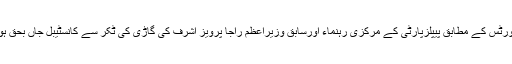
میڈیا رپورٹس کے مطابق پیپلزپارٹی کے مرکزی رہنماء اورسابق وزیراعظم راجا پرویز اشرف کی گاڑی کی ٹکر سے کانسٹیبل جاں بحق ہوگیا ہے۔